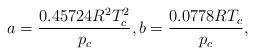
LaTeX: \begin{align*}a = \frac{{0.45724{R^2}T_c^2}}{{{p_c}}},b = \frac{{0.0778R{T_c}}}{{{p_c}}},\end{align*}